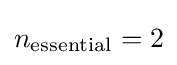
n_{\mathrm {essential} }=2